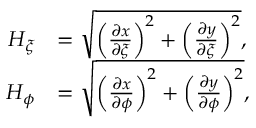
\begin{array} { r l } { H _ { \xi } } & { = \sqrt { \left( \frac { \partial x } { \partial \xi } \right) ^ { 2 } + \left( \frac { \partial y } { \partial \xi } \right) ^ { 2 } } , } \\ { H _ { \phi } } & { = \sqrt { \left( \frac { \partial x } { \partial \phi } \right) ^ { 2 } + \left( \frac { \partial y } { \partial \phi } \right) ^ { 2 } } , } \end{array}